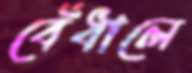
বেঁধালে